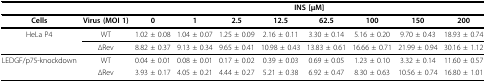
|  |  | <COLSPAN=8> INS [μM] |
 | --- | --- | --- | --- | --- | --- | --- | --- | --- | --- |
 | Cells | Virus (MOI 1) | 0 | 1 | 2.5 | 12.5 | 62.5 | 100 | 150 | 200 |
 | HeLa P4 | WT | 1.02 ± 0.08 | 1.04 ± 0.07 | 1.25 ± 0.09 | 2.16 ± 0.11 | 3.30 ± 0.14 | 5.16 ± 0.20 | 9.70 ± 0.43 | 18.93 ± 0.74 |
 |  | ΔRev | 8.82 ± 0.37 | 9.13 ± 0.34 | 9.65 ± 0.41 | 10.98 ± 0.43 | 13.83 ± 0.61 | 16.66 ± 0.71 | 21.99 ± 0.94 | 30.16 ± 1.12 |
 | LEDGF/p75-knockdown | WT | 0.04 ± 0.01 | 0.08 ± 0.01 | 0.17 ± 0.02 | 0.39 ± 0.03 | 0.69 ± 0.05 | 1.23 ± 0.10 | 3.32 ± 0.14 | 11.60 ± 0.57 |
 |  | ΔRev | 3.93 ± 0.17 | 4.05 ± 0.21 | 4.44 ± 0.27 | 5.21 ± 0.38 | 6.92 ± 0.47 | 8.30 ± 0.63 | 10.56 ± 0.74 | 16.80 ± 1.01 |